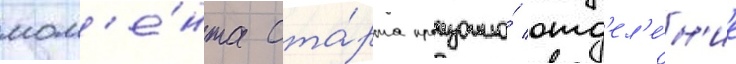
мом'е́нта ста́рта произошло́ отд'ел'е́н'ие